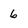
Character: 6